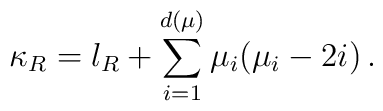
\kappa_R=l_R + \sum_{i=1}^{d(\mu)}\mu_i (\mu_i - 2i) \,.